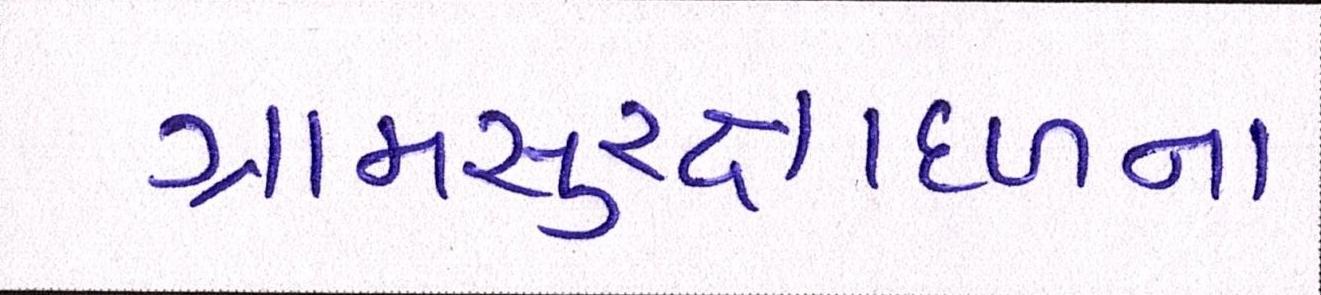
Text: ગ્રામસુરક્ષાદળના